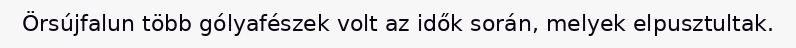
Örsújfalun több gólyafészek volt az idők során, melyek elpusztultak.